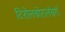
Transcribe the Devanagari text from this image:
टिरोलवोरार्लवर्ग